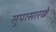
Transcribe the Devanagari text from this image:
सुपासारखे